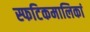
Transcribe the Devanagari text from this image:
स्फटिकमालिकां